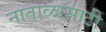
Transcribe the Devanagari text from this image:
नाताळासाठी